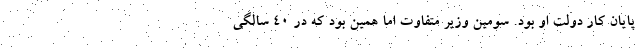
پایان کار دولت او بود. سومین وزیر متفاوت اما همین بود که در 40 سالگی